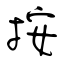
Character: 按